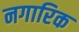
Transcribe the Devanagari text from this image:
नगारिक